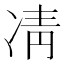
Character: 凊